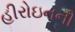
હીરોઇનની